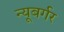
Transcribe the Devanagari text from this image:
न्यूबर्गर